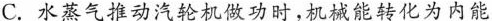
C.水蒸气推动汽轮机做功时，机械能转化为内能